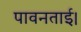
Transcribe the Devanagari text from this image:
पावनताई।